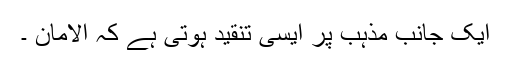
ایک جانب مذہب پر ایسی تنقید ہوتی ہے کہ الامان ۔